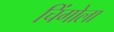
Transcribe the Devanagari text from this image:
चिंगोला